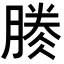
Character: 𣎎